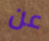
عن